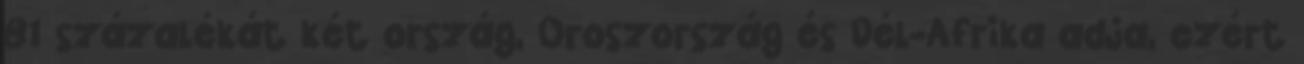
81 százalékát két ország, Oroszország és Dél-Afrika adja, ezért